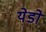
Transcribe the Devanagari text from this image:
येडो